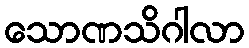
သောဏသိဂါလာ